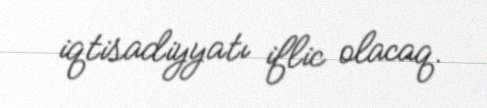
iqtisadiyyatı iflic olacaq.